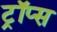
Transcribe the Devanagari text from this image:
ट्रॉप्स